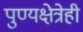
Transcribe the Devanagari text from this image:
पुण्यक्षेत्रेही